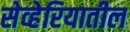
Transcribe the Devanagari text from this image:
सेव्हेरियातील